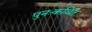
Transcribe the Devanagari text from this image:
पुनःकथित